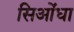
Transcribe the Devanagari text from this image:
सिओंधा